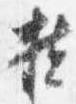
扶